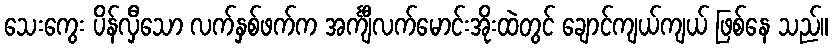
သေးကွေး ပိန်လှီသော လက်နှစ်ဖက်က အင်္ကျီလက်မောင်းအိုးထဲတွင် ချောင်ကျယ်ကျယ် ဖြစ်နေ သည်။